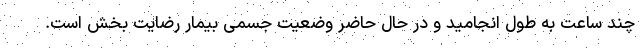
چند ساعت به طول انجامید و در حال حاضر وضعیت جسمی بیمار رضایت بخش است.